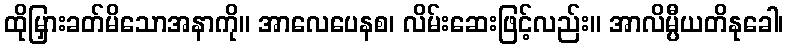
ထိုမြှားခတ်မိသောအနာကို။ အာလေပေနစ၊ လိမ်းဆေးဖြင့်လည်း။ အာလိမ္ပီယတိနုခေါ၊